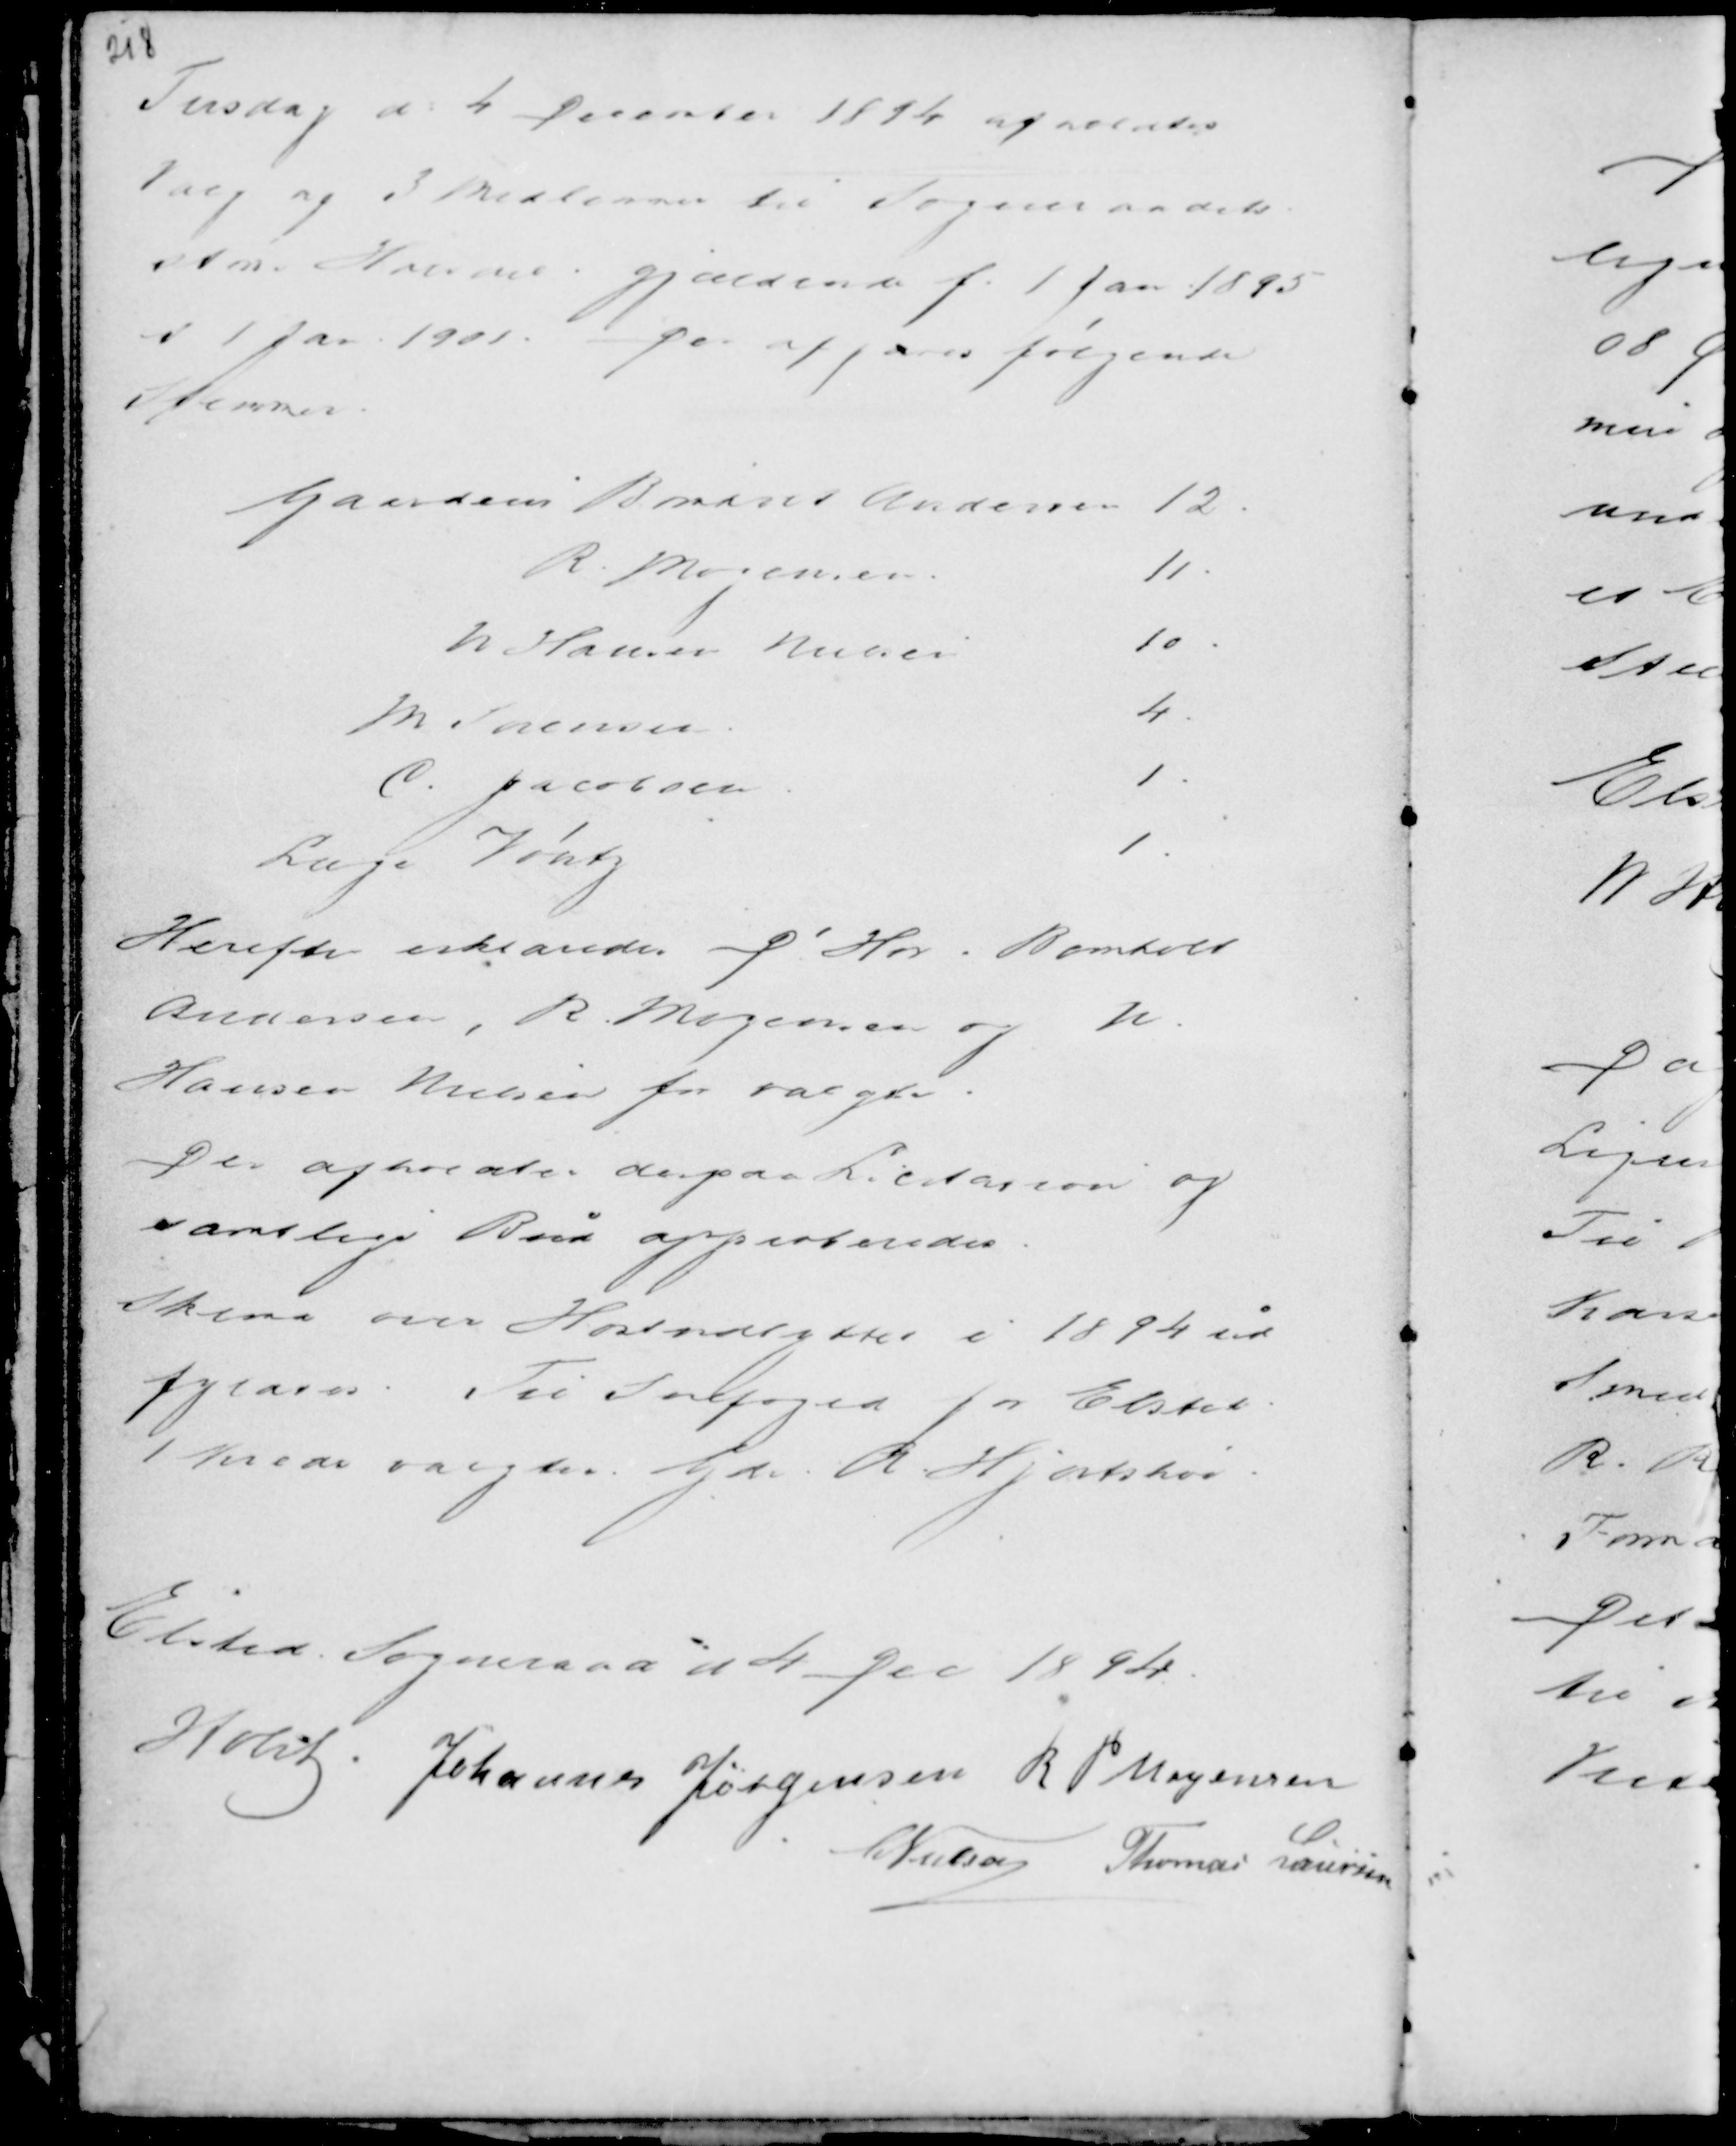
Transskription:
Tirsdag d 4 December 1894 afholdes
Valg af 3 Medlemmer til Sogneraadets
....... Værende gjældende f. 1 Jan. 1895
i 1 Jan. 1901.
Der afgaves følgende
Stemmer.

Herefter erklæredes D. Hr. Bomholt
Andersen, R. Mogensen og N.
Hansen Nielsen for valgt.
Der ofholdtes derpaa Licitation og
samtlige Bud approbredes.
Skema over Høstudbyttet i 1894 ud-
fyldes. Til Snefoged for Elsted
1 Kreds valgtes Gdr. R. Hjortshøi

Elsted Sogneraad d 4 Dec 1894
Holst Johannes Jørgensen R P Mogensen
C Nielsen Thomas Laursen